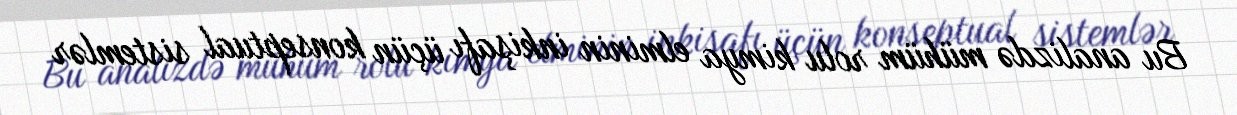
Bu analizdə mühüm rolu kimya elminin inkişafı üçün konseptual sistemlər